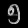
Digit: ၅